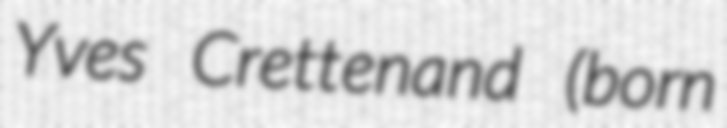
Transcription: Yves Crettenand (born